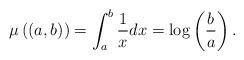
LaTeX: \begin{align*}\mu\left((a,b)\right)=\int_a^b \frac{1}{x} dx= \log\left(\frac{b}{a}\right).\end{align*}